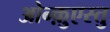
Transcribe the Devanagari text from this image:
ओन्क़ुएस्तु